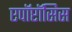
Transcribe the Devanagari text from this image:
एपॉप्टॉसिस